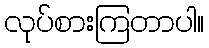
လုပ်စားကြတာပါ။